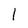
Character: 1